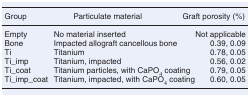
<table><thead><tr><td><b>Group</b></td><td><b>Particulate material</b></td><td><b>Graft porosity (%)</b></td></tr></thead><tbody><tr><td>Empty</td><td>No material inserted</td><td>Not applicable</td></tr><tr><td>Bone</td><td>Impacted allograft cancellous bone</td><td>0.39, 0.09</td></tr><tr><td>Ti</td><td>Titanium</td><td>0.78, 0.05</td></tr><tr><td>Ti_imp</td><td>Titanium, impacted</td><td>0.56, 0.02</td></tr><tr><td>Ti_coat</td><td>Titanium particles, with CaPO<sub>4</sub> coating</td><td>0.79, 0.05</td></tr><tr><td>Ti_imp_coat</td><td>Titanium, impacted, with CaPO<sub>4</sub> coating</td><td>0.60, 0.05</td></tr></tbody></table>